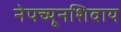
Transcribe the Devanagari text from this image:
नेपच्यूनशिवाय